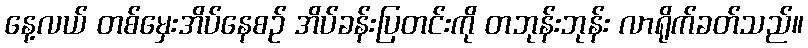
နေ့လယ် တစ်မှေးအိပ်နေစဉ် အိပ်ခန်းပြတင်းကို တဘုန်းဘုန်း လာရိုက်ခတ်သည်။